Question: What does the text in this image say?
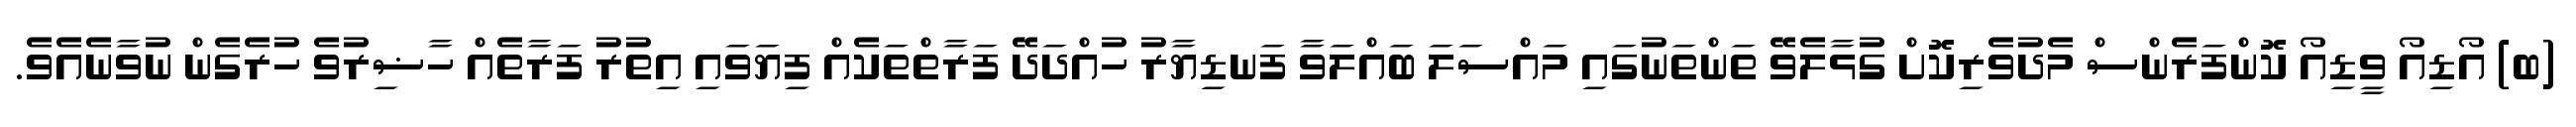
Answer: (ބ) އޯޑިއޯ ވީޑިއޯ ކޮންފަރެންސް މެދުވެރިކޮށް ގުޅާލެވޭ ތަންތަނުގައި މައްސަލަ ބައްލަވާ ފަނޑިޔާރު ހުއްދަދޭ ފަރާތްތަކެއް ފިޔަވައި އިތުރު ފަރާތެއް ހާޟިރުވެ ހުރެގެން ނުވާނެއެވެ.